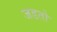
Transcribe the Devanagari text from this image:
जडतो